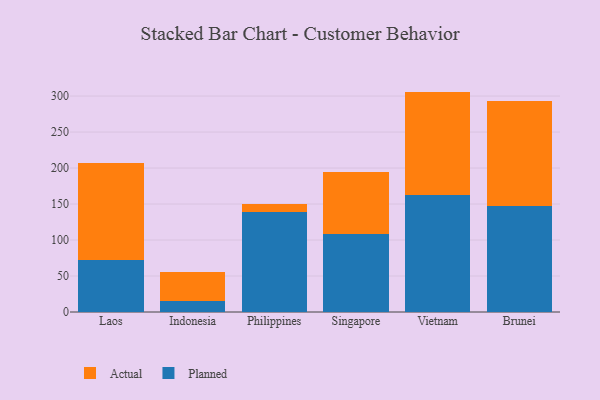
{"axis": {"x": "Country", "y": "Gross Profit (USD K)"}, "legend": ["Actual", "Planned"], "data": [{"x": "Laos", "y": 72.8, "type": "Planned"}, {"x": "Laos", "y": 133.8, "type": "Actual"}, {"x": "Indonesia", "y": 14.9, "type": "Planned"}, {"x": "Indonesia", "y": 41.2, "type": "Actual"}, {"x": "Philippines", "y": 139.2, "type": "Planned"}, {"x": "Philippines", "y": 10.4, "type": "Actual"}, {"x": "Singapore", "y": 108.9, "type": "Planned"}, {"x": "Singapore", "y": 85.4, "type": "Actual"}, {"x": "Vietnam", "y": 162.9, "type": "Planned"}, {"x": "Vietnam", "y": 143.3, "type": "Actual"}, {"x": "Brunei", "y": 146.7, "type": "Planned"}, {"x": "Brunei", "y": 145.9, "type": "Actual"}]}